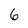
Character: 6